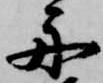
舟